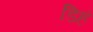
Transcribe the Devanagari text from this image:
डिहं